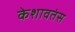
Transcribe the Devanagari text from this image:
केशावतंस